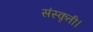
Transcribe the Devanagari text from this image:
संस्कृती।